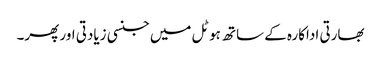
بھارتی اداکارہ کے ساتھ ہوٹل میں جنسی زیادتی اور پھر۔